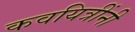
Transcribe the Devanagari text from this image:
कवयित्रींनी